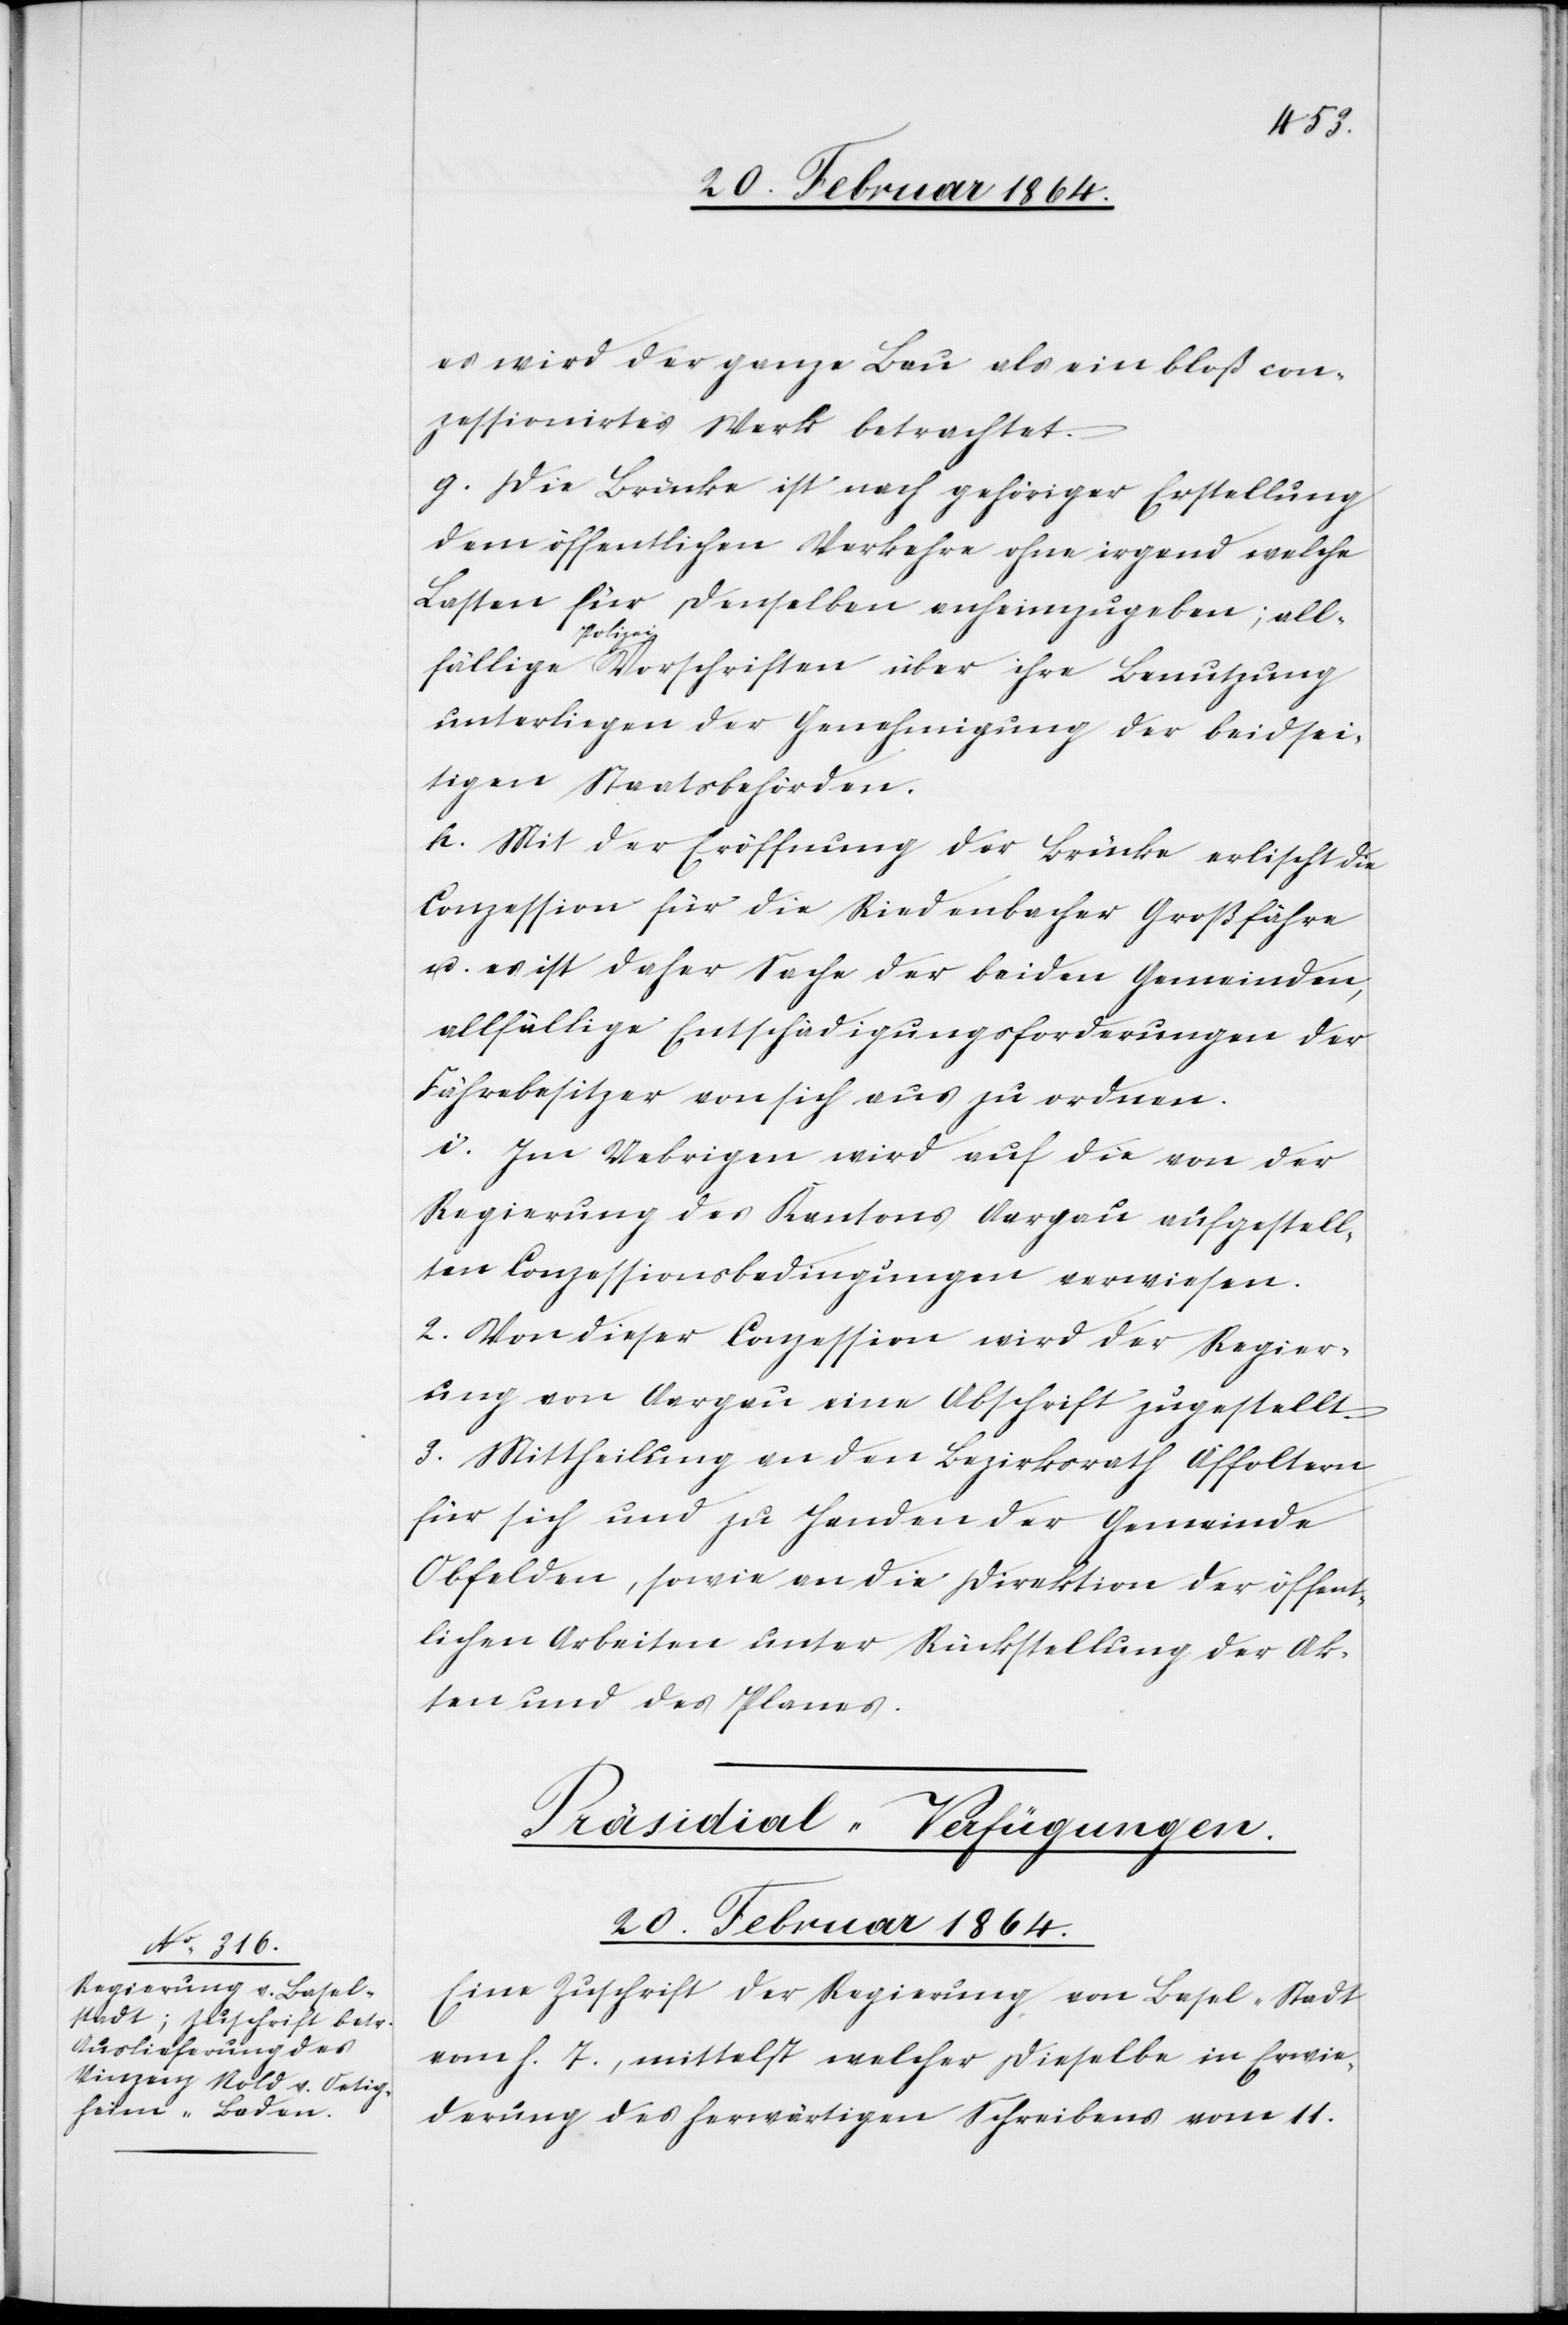
es wird der ganze Bau als ein bloß con¬
zessionirtes Werk betrachtet.
g. Die Brücke ist nach gehöriger Erstellung
dem öffentlichen Verkehre ohne irgend welche
Lasten für denselben anheimzugeben; all¬
fällige
unterliegen der Genehmigung der beidsei¬
tigen Staatsbehörden.
h. Mit der Eröffnung der Brücke erlischt die
Conzession für die Riedenbacher Großfähre
u. es ist daher Sache der beiden Gemeinden,
allfällige Entschädigungsforderungen der
Fährebesitzer von sich aus zu ordnen.
i. Im Uebrigen wird auf die von der
Regierung des Kantons Aargau aufgestell¬
ten Conzessionsbedingungen verwiesen.
2. Von dieser Conzession wird der Regier¬
ung von Aargau eine Abschrift zugestellt.
3. Mittheilung an den Bezirksrath Affoltern
für sich und zu Handen der Gemeinde
Obfelden, sowie an die Direktion der öffent¬
lichen Arbeiten unter Rückstellung der Ak¬
ten und des Planes.
Präsidial-Verfügungen.
20. Februar 1864.
Eine Zuschrift der Regierung von Basel-Stadt
vom h. T., mittelst welcher dieselbe in Erwie¬
derung des herwärtigen Schreibens vom 11.